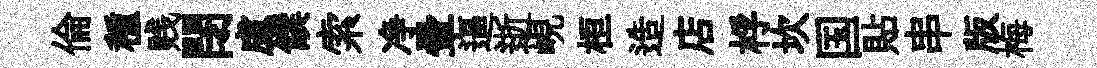
倫種贱閉慮饌索净暈逼逝峴桓造店桴坎国貼串版梅